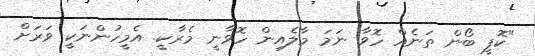
"ކޮފީ ބޯން ތަނެއް ހޮވާ ނަމަ މާލެއިން ހޮވާނީ މެރާކީ. އެމީހުންނަކީ ވަރަށް